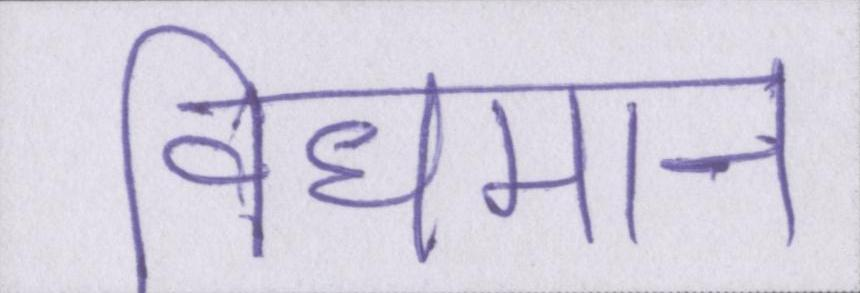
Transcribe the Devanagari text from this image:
विधमान